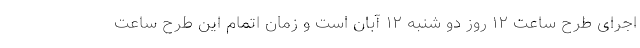
اجرای طرح ساعت ١٢ روز دو شنبه ١٢ آبان است و زمان اتمام این طرح ساعت